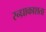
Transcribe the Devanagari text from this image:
रन्ध्राकाशता